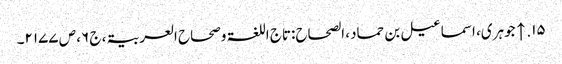
۱۵. ↑ جوہری، اسماعیل بن حماد، الصحاح:تاج اللغۃ وصحاح العربیۃ، ج ۶، ص ۲۱۷۷۔